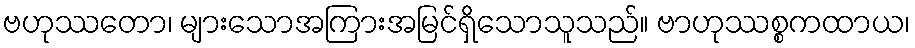
ဗဟုဿတော၊ များသောအကြားအမြင်ရှိသောသူသည်။ ဗာဟုဿစ္စကထာယ၊